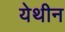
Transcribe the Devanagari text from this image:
येथीन